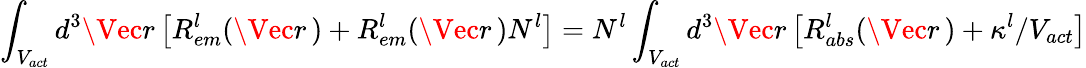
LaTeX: \int_{V_{act}}d^{3}\Vec{r}\, \big[R_{em}^{l}(\Vec{r}\, )+R_{em}^{l}(\Vec{r}\, )N_{}^{l}\big]=N_{}^{l}\int_{V_{act}}d^{3}\Vec{r}\, \big[R_{abs}^{l}(\Vec{r}\, )+\kappa^{l}/V_{act}\big]